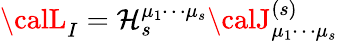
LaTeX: {\calL}_{I}=\mathcal{H}_{s}^{\mu_{1}\cdots\mu_{s}}{\calJ}_{\mu_{1}\cdots\mu_{s}}^{(s)}